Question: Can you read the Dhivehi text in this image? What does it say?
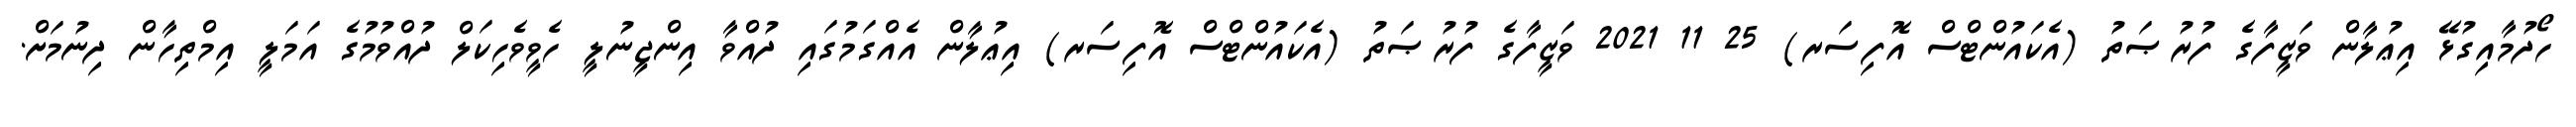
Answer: ހޯދުމާއިގުޅޭ އިޢުލާން ވަޒީފާގެ ފުރުޞަތު (އެކައުންޓްސް އޮފިސަރ) 25 11 2021 ވަޒީފާގެ ފުރުޞަތު (އެކައުންޓްސް އޮފިސަރ) އިޢުލާން އެއްގަމުގައި ދުއްވާ އިންޖީނުލީ ހެވީވެހިކަލް ދުއްވުމުގެ އަމަލީ އިމްތިހާން ދިނުމަށް.